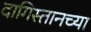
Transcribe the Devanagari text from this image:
दागिस्तानच्या